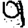
Digit: 9